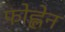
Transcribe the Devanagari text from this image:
फोह्लेन